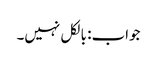
جواب: بالکل نہیں۔